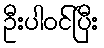
ဦးပါဝင်ပြီး